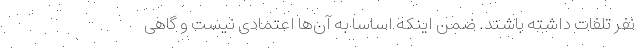
نفر تلفات داشته باشند. ضمن اینکه اساساً به آن‌ها اعتمادی نیست و گاهی